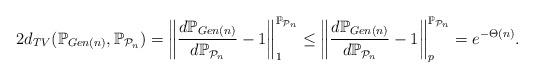
LaTeX: \begin{align*} 2d_{TV}(\mathbb{P}_{Gen(n)}, \mathbb{P}_{\mathcal{P}_n}) = \left \| \frac{d \mathbb{P}_{Gen(n)}}{d \mathbb{P}_{\mathcal{P}_n}} - 1 \right\|_1^{\mathbb{P}_{\mathcal{P}_n}} \le \left \| \frac{d \mathbb{P}_{Gen(n)}}{d \mathbb{P}_{\mathcal{P}_n}} - 1 \right\|_p^{\mathbb{P}_{\mathcal{P}_n}} = e^{-\Theta(n)}.\end{align*}